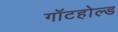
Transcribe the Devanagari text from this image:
गॉटहोल्ड